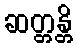
ဆတ္တန္တိ